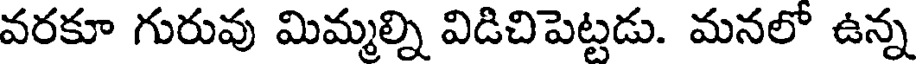
వరకూ గురువు మిమ్మల్ని విడిచిపెట్టడు. మనలో ఉన్న